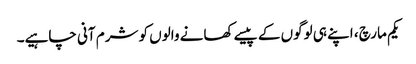
یکم مارچ ، اپنے ہی لوگوں کے پیسے کھانے والوں کو شرم آنی چاہیے۔